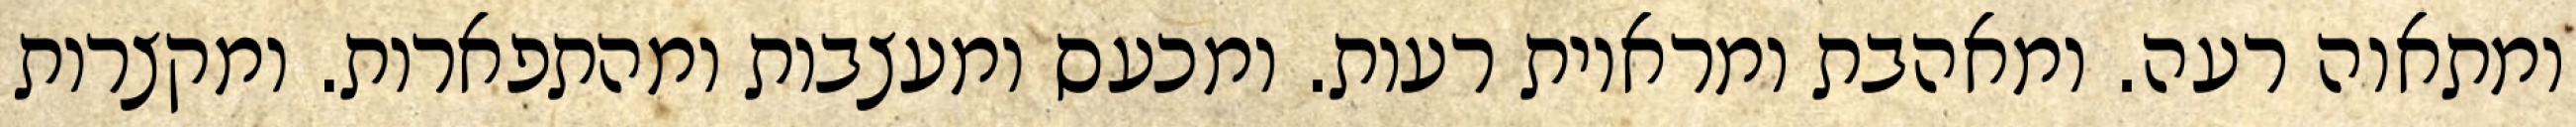
ומתאוה רעה. ומאהבת ומראיות רעות. ומכעס ומעצבות ומהתפארות. ומקצרות